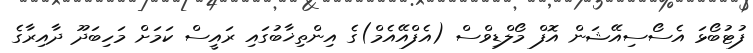
ފުޓުބޯޅަ އެސޯސިއޭޝަން އޮފް މޯލްޑިވްސް (އެފްއޭއެމް)ގެ އިންތިޚާބުގައި ރައީސް ކަމަށް މަހިބަދޫ ދާއިރާގެ